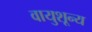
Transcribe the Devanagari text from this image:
वायुशून्य